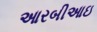
આરબીઆઇ